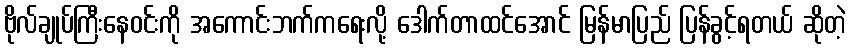
ဗိုလ်ချုပ်ကြီးနေဝင်းကို အကောင်းဘက်ကရေးလို့ ဒေါက်တာထင်အောင် မြန်မာပြည် ပြန်ခွင့်ရတယ် ဆိုတဲ့